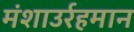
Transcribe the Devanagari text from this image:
मंशाउर्रहमान